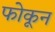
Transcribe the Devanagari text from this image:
फोकून